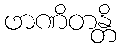
ဖာဏိတန္တိ